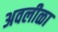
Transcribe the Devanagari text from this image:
अवलीळा